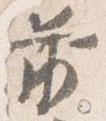
前